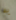
به